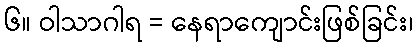
၆။ ဝါသာဂါရ = နေရာကျောင်းဖြစ်ခြင်း၊